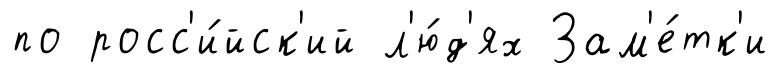
по росс'и́йск'ий л'ю́д'ях Зам'е́тк'и